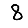
Digit: 8